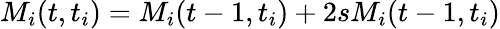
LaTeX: M_{i}(t,t_{i})=M_{i}(t-1,t_{i})+2sM_{i}(t-1,t_{i})